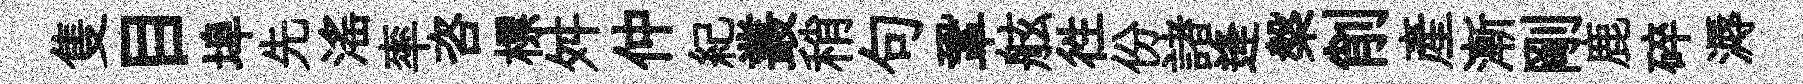
隻目埠先滛率咨標舛仲紀叢稍句鞏舷徃份諸逄槃削産漸剛鹿碎溽